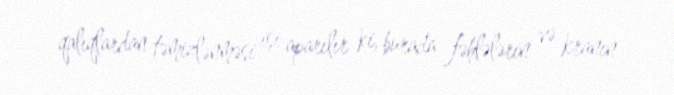
qalıqlardan təmizlənməsi işi aparılır ki, burada fəhlələrin və kranın